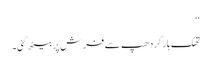
‘‘
تھک ہار کر دھپ سے فرش پر بیٹھ گئی۔